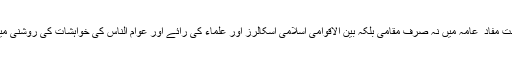
اس تنازعے کوریاست مفاد ِ عامّہ میں نہ صرف مقامی بلکہ بین الاقوامی اسلامی اسکالرز اور علماء کی رائے اور عوام النّاس کی خواہشات کی روشنی میں ہی حل کرے گی۔